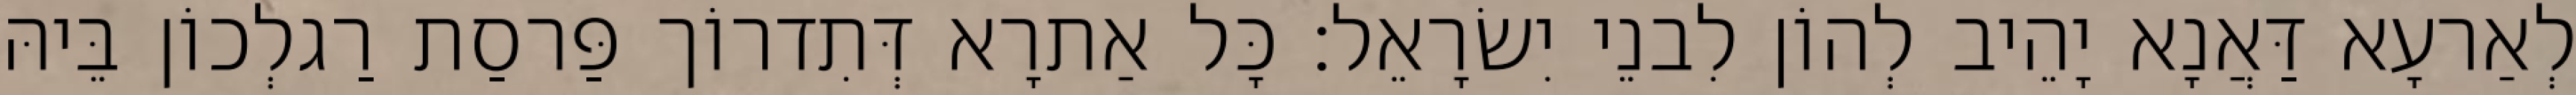
לְאַרעָא דַּאֲנָא יָהֵיב לְהוֹן לִבנֵי יִשׂרָאֵל׃ כָּל אַתרָא דְּתִדרוֹך פַּרסַת רַגלְכוֹן בֵּיהּ